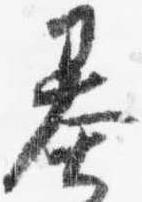
基